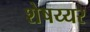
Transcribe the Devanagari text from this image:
शेषय्यर